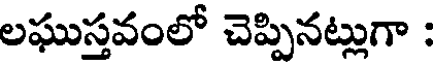
లఘుస్తవంలో చెప్పినట్లుగా :